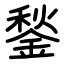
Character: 鍫